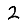
Digit: 2